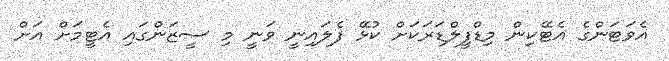
އެވަޓަންގެ އެޓޭކިން މިޑްފީލްޑަރަކަށް ކުޅޭ ފެލައިނީ ވަނީ މި ސީޒަންގައި އެޓީމަށް އަށް